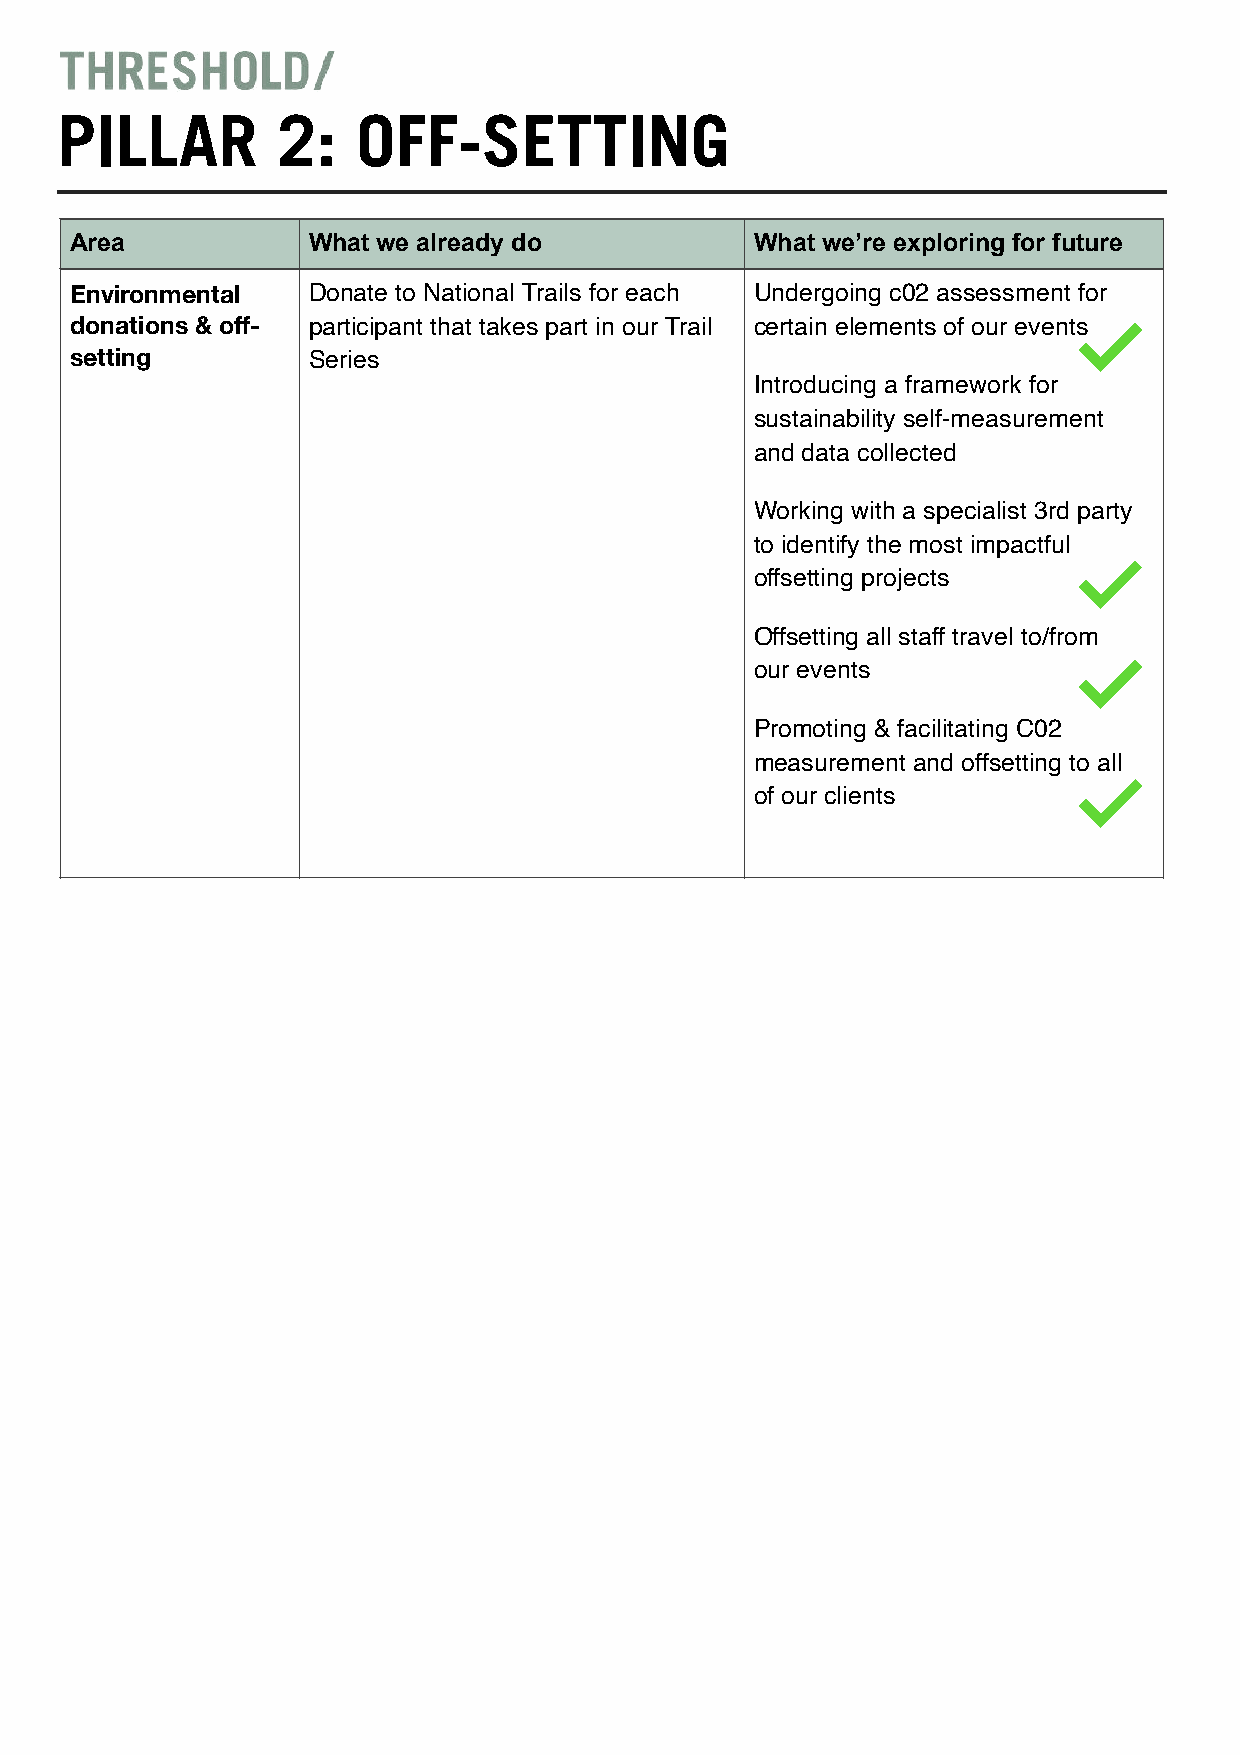
PILLAR        2:    OFF-SETTING
 Area           What we already do            What we’re exploring for future
 Environmental  Donate to National Trails for each Undergoing c02 assessment for
 donations & off- participant that takes part in our Trail certain elements of our events
 setting        Series
 Introducing a framework for
 sustainability self-measurement
 and data collected
 Working with a specialist 3rd party
 to identify the most impactful
 offsetting projects
 Offsetting all staff travel to/from
 our events
 Promoting & facilitating C02
 measurement and offsetting to all
 of our clients